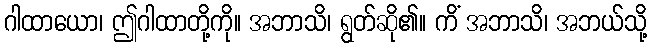
ဂါထာယော၊ ဤဂါထာတို့ကို။ အဘာသိ၊ ရွတ်ဆို၏။ ကိံ အဘာသိ၊ အဘယ်သို့